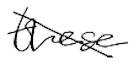
Text: these
Cross-out: diagonal
Writing tool: digital_black